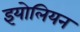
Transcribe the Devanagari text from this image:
इयोलियन